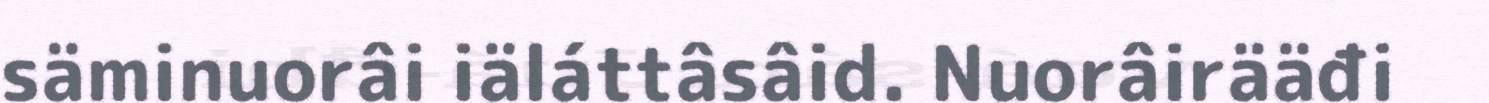
säminuorâi iäláttâsâid. Nuorâirääđi